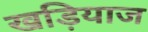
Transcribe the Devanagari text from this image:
खड़ियाज